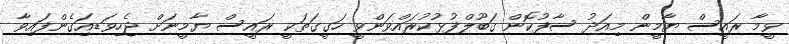
ވީމާ ރައީސް ޔާމީން މިއަދު ސާފުކޮން ގަބޫލްފުޅުކުރައްވަންވީ ހަގީގަތަކީ ރައީސް ޔާމީނަށް ޖެހިވަޑއަިގެންފައިވާ